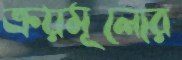
ক্রয়মূল্যের